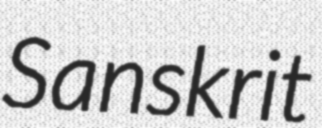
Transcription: Sanskrit